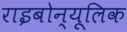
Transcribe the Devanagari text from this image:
राइबोन्यूलिक